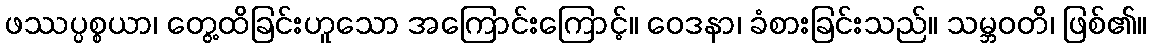
ဖဿပ္ပစ္စယာ၊ တွေ့ထိခြင်းဟူသော အကြောင်းကြောင့်။ ဝေဒနာ၊ ခံစားခြင်းသည်။ သမ္ဘဝတိ၊ ဖြစ်၏။